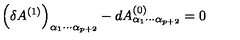
\left( \delta A ^ { ( 1 ) } \right) _ { \alpha _ { 1 } \cdots \alpha _ { p + 2 } } - d A _ { \alpha _ { 1 } \cdots \alpha _ { p + 2 } } ^ { ( 0 ) } = 0